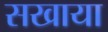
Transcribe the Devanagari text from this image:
सखाया